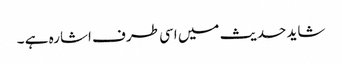
شاید حدیث میں اسی طرف اشارہ ہے ۔